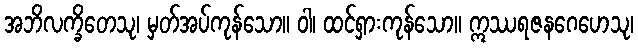
အဘိလက္ခိတေသု၊ မှတ်အပ်ကုန်သော။ ဝါ၊ ထင်ရှားကုန်သော။ ဣဿရဇနဂေဟေသု၊